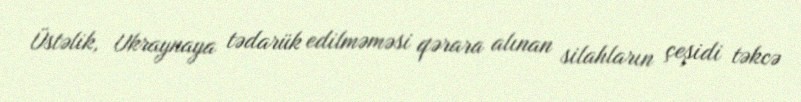
Üstəlik, Ukraynaya tədarük edilməməsi qərara alınan silahların çeşidi təkcə